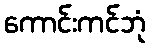
ကောင်းကင်ဘုံ